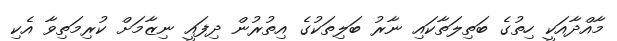
މާއްދާއަކީ ހިތުގެ ބަތިލަތާކައި ނާރު ބަލިތަކުގެ އިތުރުން ދިފައީ ނިޒާމަށް ކުރިމަތިވާ އެކި